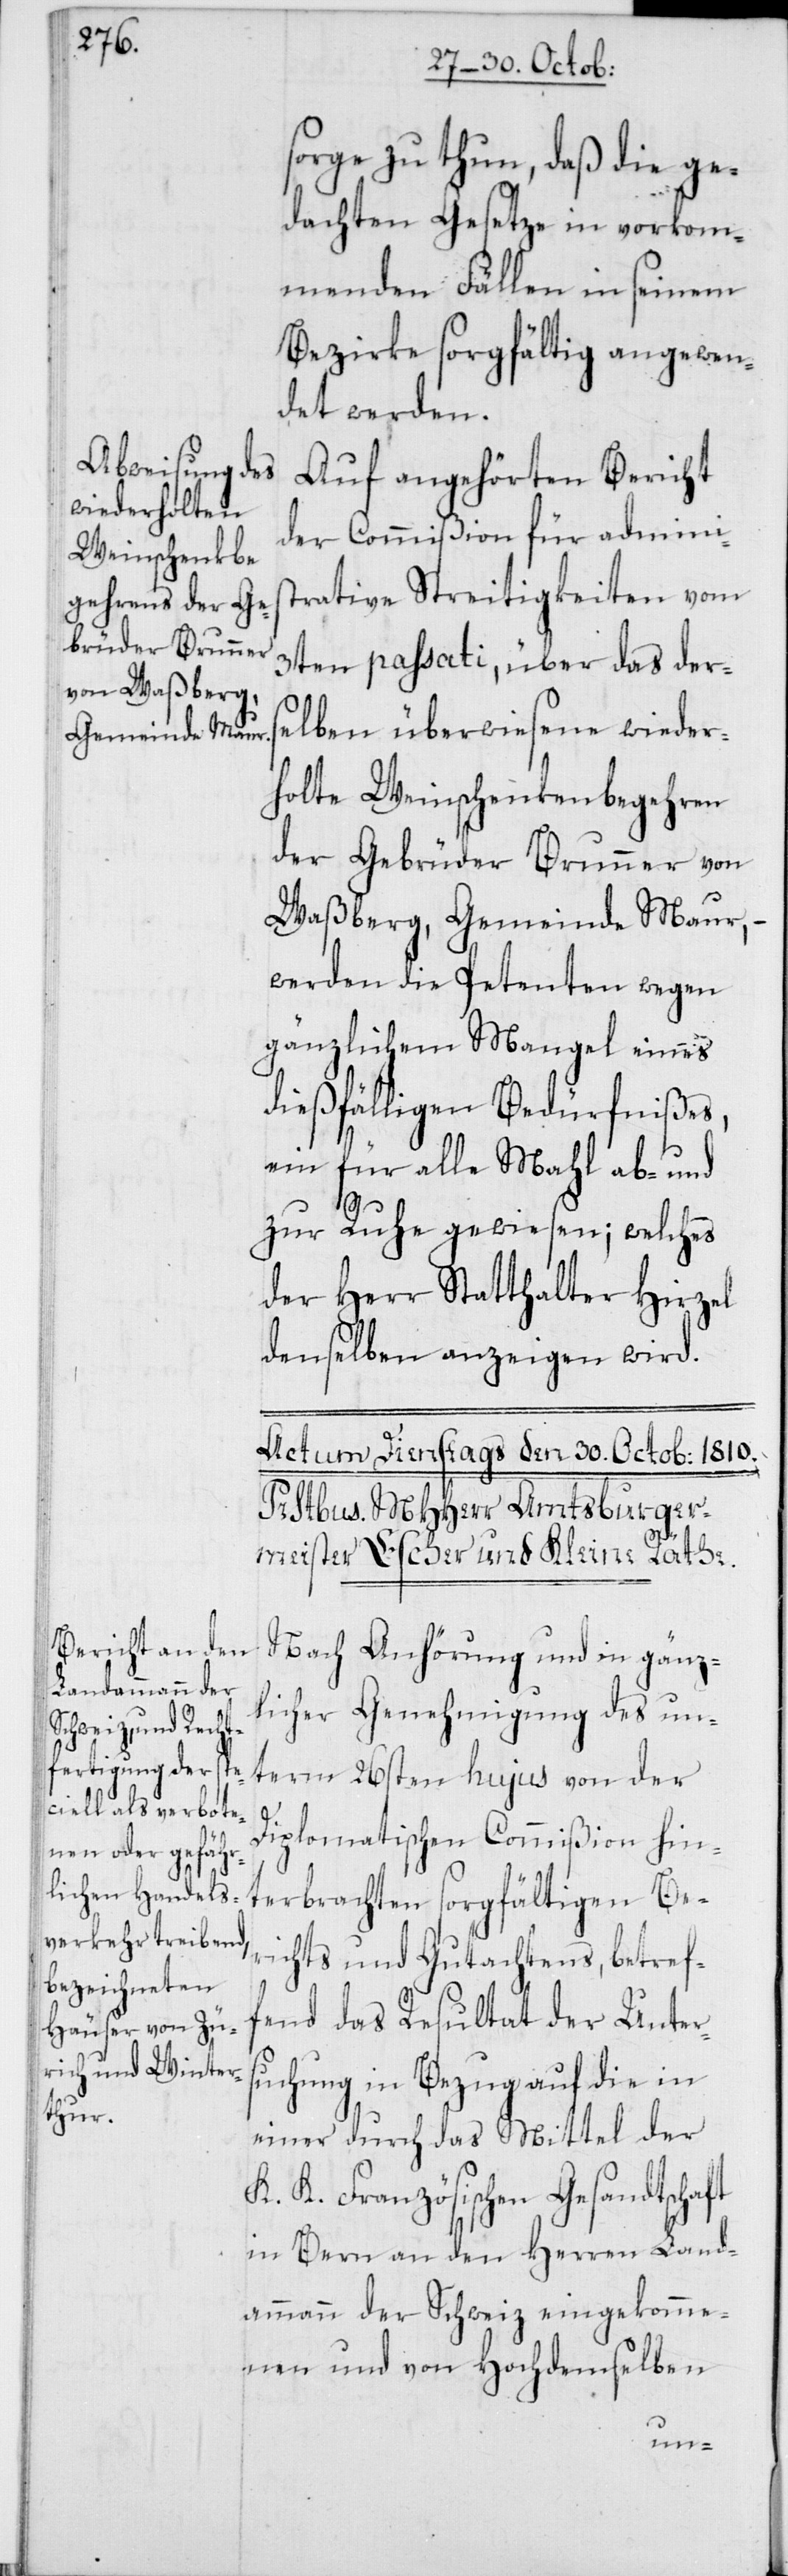
sorge zu thun, daß die ge¬
dachten Gesetze in vorkom¬
menden Fällen in seinem
Bezirke sorgfältig angewen¬
det werden.
Auf angehörten Bericht
der Commißion für adminis¬
trative Streitigkeiten vom
3ten passati, über das der¬
selben überwiesene wieder¬
holte Weinschenkenbegehren
der Gebrüder Brunner von
Waßberg, Gemeinde Maur, –
werden die Petenten wegen
gänzlichem Mangel eines
dießfälligen Bedürfnißes,
ein für alle Mahl ab- und
zur Ruhe gewiesen; welches
der Herr Statthalter Hirzel
denselben anzeigen wird.
Nach Anhörung und in gänz¬
licher Genehmigung des un¬
term 26sten hujus von der
Diplomatischen Commißion hin¬
terbrachten sorgfältigen Be¬
richts und Gutachtens, betref¬
fend das Resultat der Unter¬
suchung in Bezug auf die in
einer durch das Mittel der
K. K. Französischen Gesandtschaft
in Bern an den Herren Land¬
ammann der Schweiz eingekomme¬
nen und von Hochdemselben